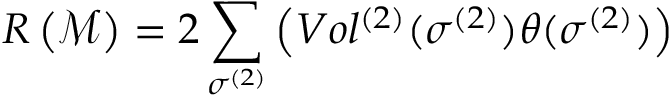
R \left( \mathcal { M } \right) = 2 \sum _ { \sigma ^ { ( 2 ) } } \left( V o l ^ { ( 2 ) } ( \sigma ^ { ( 2 ) } ) \theta ( \sigma ^ { ( 2 ) } ) \right)